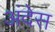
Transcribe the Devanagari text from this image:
अंदेस